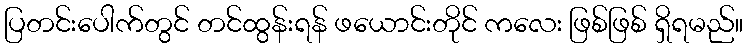
ပြတင်းပေါက်တွင် တင်ထွန်းရန် ဖယောင်းတိုင် ကလေး ဖြစ်ဖြစ် ရှိရမည်။